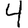
Digit: 4